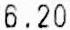
6.20